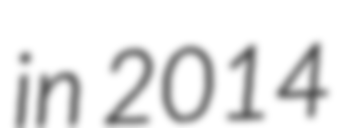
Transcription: in 2014